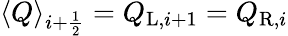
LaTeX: \langle Q\rangle_{i+\frac{1}{2}}=Q_{\mathrm{L},i+1}=Q_{\mathrm{R},i}